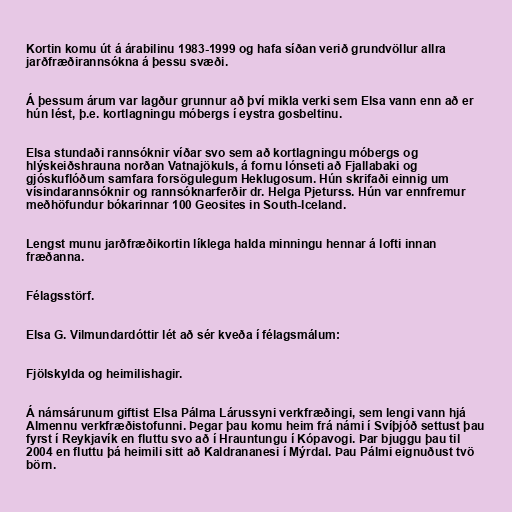
Kortin komu út á árabilinu 1983-1999 og hafa síðan verið grundvöllur allra
jarðfræðirannsókna á þessu svæði.

Á þessum árum var lagður grunnur að því mikla verki sem Elsa vann enn að er
hún lést, þ.e. kortlagningu móbergs í eystra gosbeltinu.

Elsa stundaði rannsóknir víðar svo sem að kortlagningu móbergs og
hlýskeiðshrauna norðan Vatnajökuls, á fornu lónseti að Fjallabaki og
gjóskuflóðum samfara forsögulegum Heklugosum. Hún skrifaði einnig um
vísindarannsóknir og rannsóknarferðir dr. Helga Pjeturss. Hún var ennfremur
meðhöfundur bókarinnar 100 Geosites in South-Iceland.

Lengst munu jarðfræðikortin líklega halda minningu hennar á lofti innan
fræðanna.

Félagsstörf.

Elsa G. Vilmundardóttir lét að sér kveða í félagsmálum:

Fjölskylda og heimilishagir.

Á námsárunum giftist Elsa Pálma Lárussyni verkfræðingi, sem lengi vann hjá
Almennu verkfræðistofunni. Þegar þau komu heim frá námi í Svíþjóð settust þau
fyrst í Reykjavík en fluttu svo að í Hrauntungu í Kópavogi. Þar bjuggu þau til
2004 en fluttu þá heimili sitt að Kaldrananesi í Mýrdal. Þau Pálmi eignuðust tvö
börn.